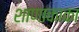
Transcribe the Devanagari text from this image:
शाणाकाका